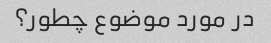
در مورد موضوع چطور؟